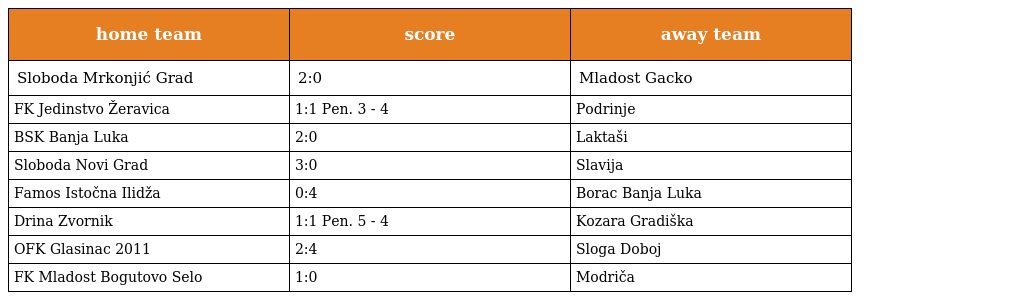
| home team | score | away team |
 | --- | --- | --- |
 | Sloboda Mrkonjić Grad | 2:0 | Mladost Gacko |
 | FK Jedinstvo Žeravica | 1:1 Pen. 3 - 4 | Podrinje |
 | BSK Banja Luka | 2:0 | Laktaši |
 | Sloboda Novi Grad | 3:0 | Slavija |
 | Famos Istočna Ilidža | 0:4 | Borac Banja Luka |
 | Drina Zvornik | 1:1 Pen. 5 - 4 | Kozara Gradiška |
 | OFK Glasinac 2011 | 2:4 | Sloga Doboj |
 | FK Mladost Bogutovo Selo | 1:0 | Modriča |